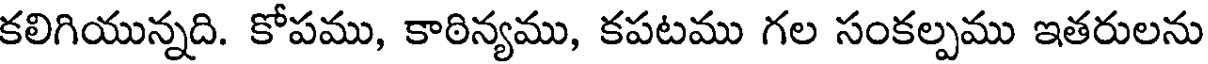
కలిగియున్నది. కోపము, కాఠిన్యము, కపటము గల సంకల్పము ఇతరులను